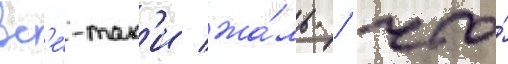
вс'е́-так'и жа́ль / что́